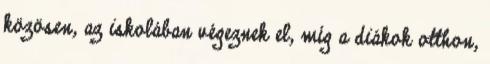
közösen, az iskolában végeznek el, míg a diákok otthon,